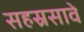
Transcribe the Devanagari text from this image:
सहस्रसावे